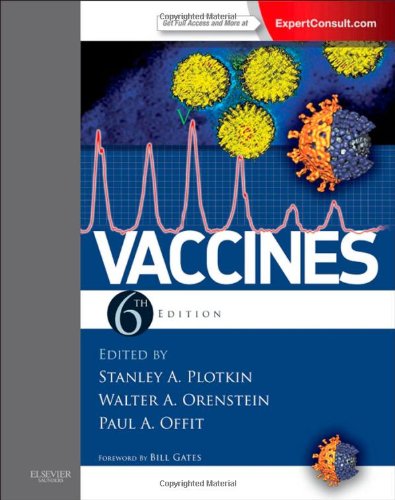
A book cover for Vaccines: Expert Consult - Online and Print, 6e (Vaccines (Plotkin/ Orenstein)); Stanley A. Plotkin MD; Medical Books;